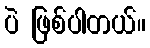
ပဲ ဖြစ်ပါတယ်။